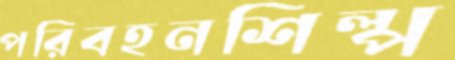
পরিবহনশিল্প